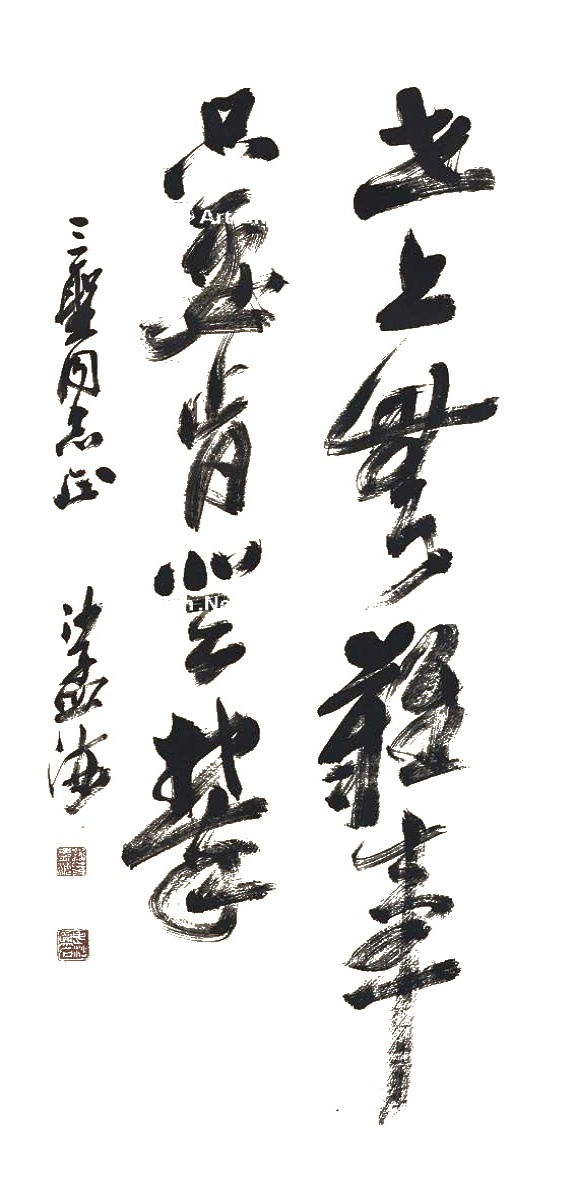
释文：世上无难事，只要肯登攀。三圣同志正，沙孟海。